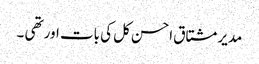
مدیر مشتاق احسن کل کی بات اور تھی ۔